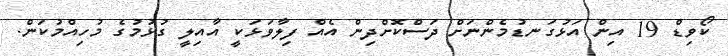
ކޯވިޑް 19 އިން އަޅުގަނޑުމެންނަށް ދަސްކޮށްދިން އެއް ފިލާވަޅަކީ އާއިލީ ގުޅުމުގެ މުހިއްމުކަން.